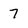
Character: 7